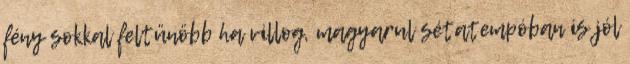
fény sokkal feltünöbb ha villog, magyarul sétatempóban is jól